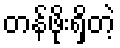
တန်ဖိုးရှိတဲ့